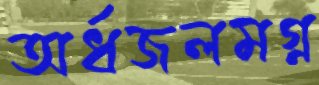
অর্ধজলমগ্ন